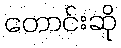
တောင်းဆို